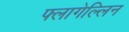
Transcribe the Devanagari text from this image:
फ्लागेल्लिन